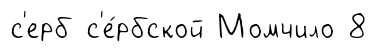
с'ерб с'е́рбской Момчило 8